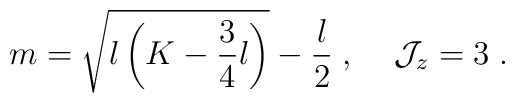
m = \sqrt{l \left(K-\frac{3}{4} l\right)}-\frac{l}{2}  \; , \;\;\;\; {\cal J}_z=3 \; .